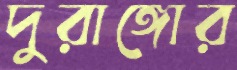
দুরাঙ্গোর